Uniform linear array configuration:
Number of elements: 48
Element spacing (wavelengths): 0.75
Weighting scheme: hamming
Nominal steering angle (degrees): -15
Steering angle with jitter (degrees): -13.993
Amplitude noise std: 0.05
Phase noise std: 0.05

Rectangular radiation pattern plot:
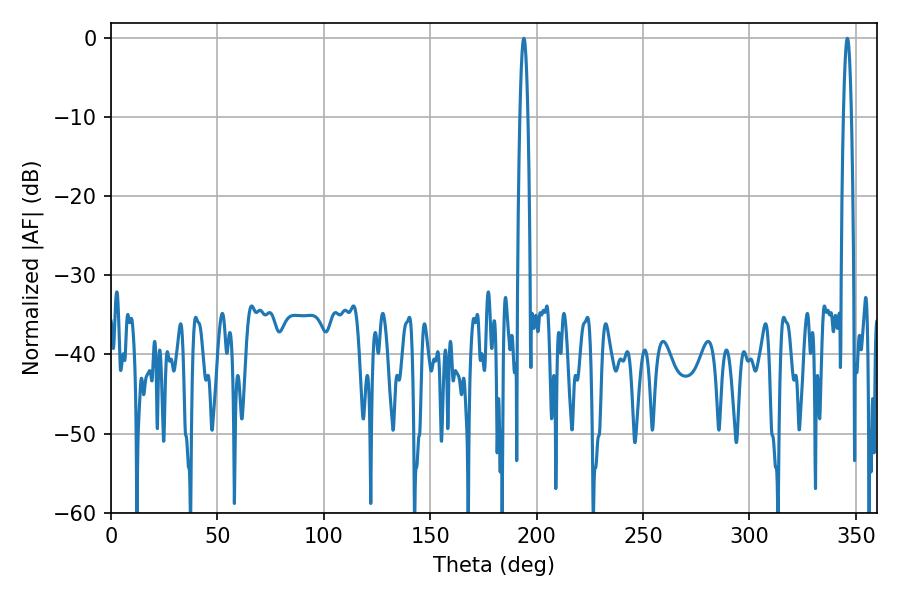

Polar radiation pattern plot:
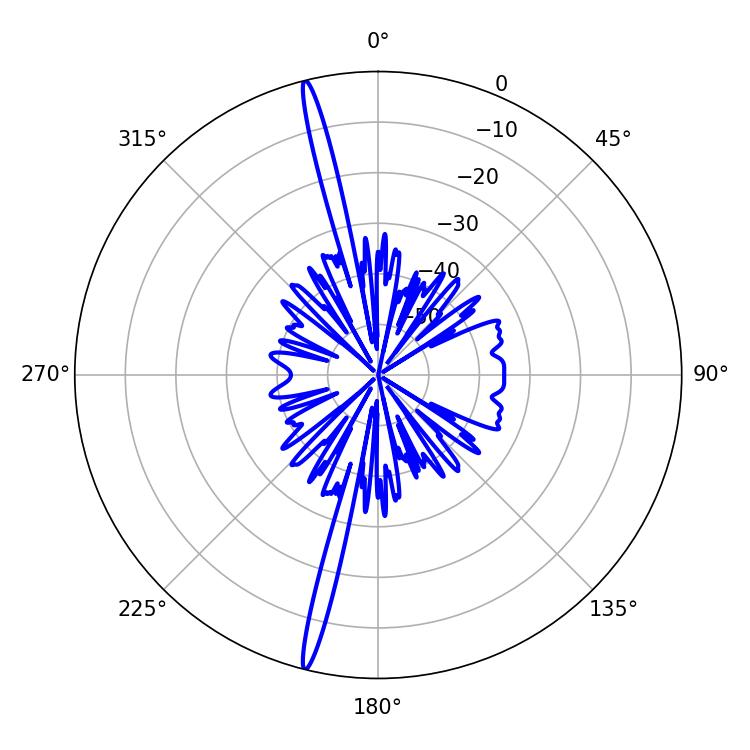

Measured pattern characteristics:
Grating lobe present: TRUE
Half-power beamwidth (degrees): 1.98
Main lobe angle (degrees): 345.96